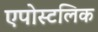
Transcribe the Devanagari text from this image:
एपोस्टलिक